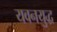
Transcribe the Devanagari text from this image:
यवनयुद्ध